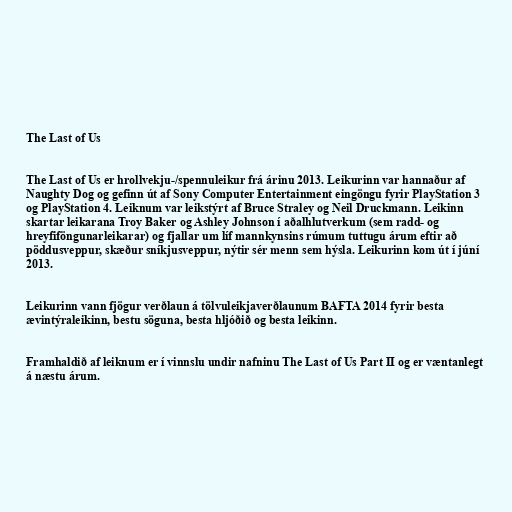
The Last of Us

The Last of Us er hrollvekju-/spennuleikur frá árinu 2013. Leikurinn var hannaður af
Naughty Dog og gefinn út af Sony Computer Entertainment eingöngu fyrir PlayStation 3
og PlayStation 4. Leiknum var leikstýrt af Bruce Straley og Neil Druckmann. Leikinn
skartar leikarana Troy Baker og Ashley Johnson í aðalhlutverkum (sem radd- og
hreyfiföngunarleikarar) og fjallar um líf mannkynsins rúmum tuttugu árum eftir að
pöddusveppur, skæður sníkjusveppur, nýtir sér menn sem hýsla. Leikurinn kom út í júní
2013.

Leikurinn vann fjögur verðlaun á tölvuleikjaverðlaunum BAFTA 2014 fyrir besta
ævintýraleikinn, bestu söguna, besta hljóðið og besta leikinn.

Framhaldið af leiknum er í vinnslu undir nafninu The Last of Us Part II og er væntanlegt
á næstu árum.